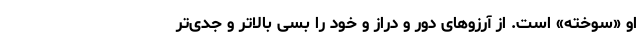
او «سوخته» است. از آرزوهای دور و دراز و خود را بسی بالاتر و جدی‌تر